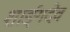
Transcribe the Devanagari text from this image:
शार्ङ्‌गदेव